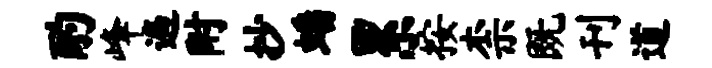
酌峰遍附抄蟠累按柰既刊道